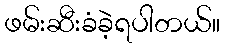
ဖမ်းဆီးခံခဲ့ရပါတယ်။